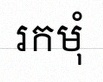
រកមុំ